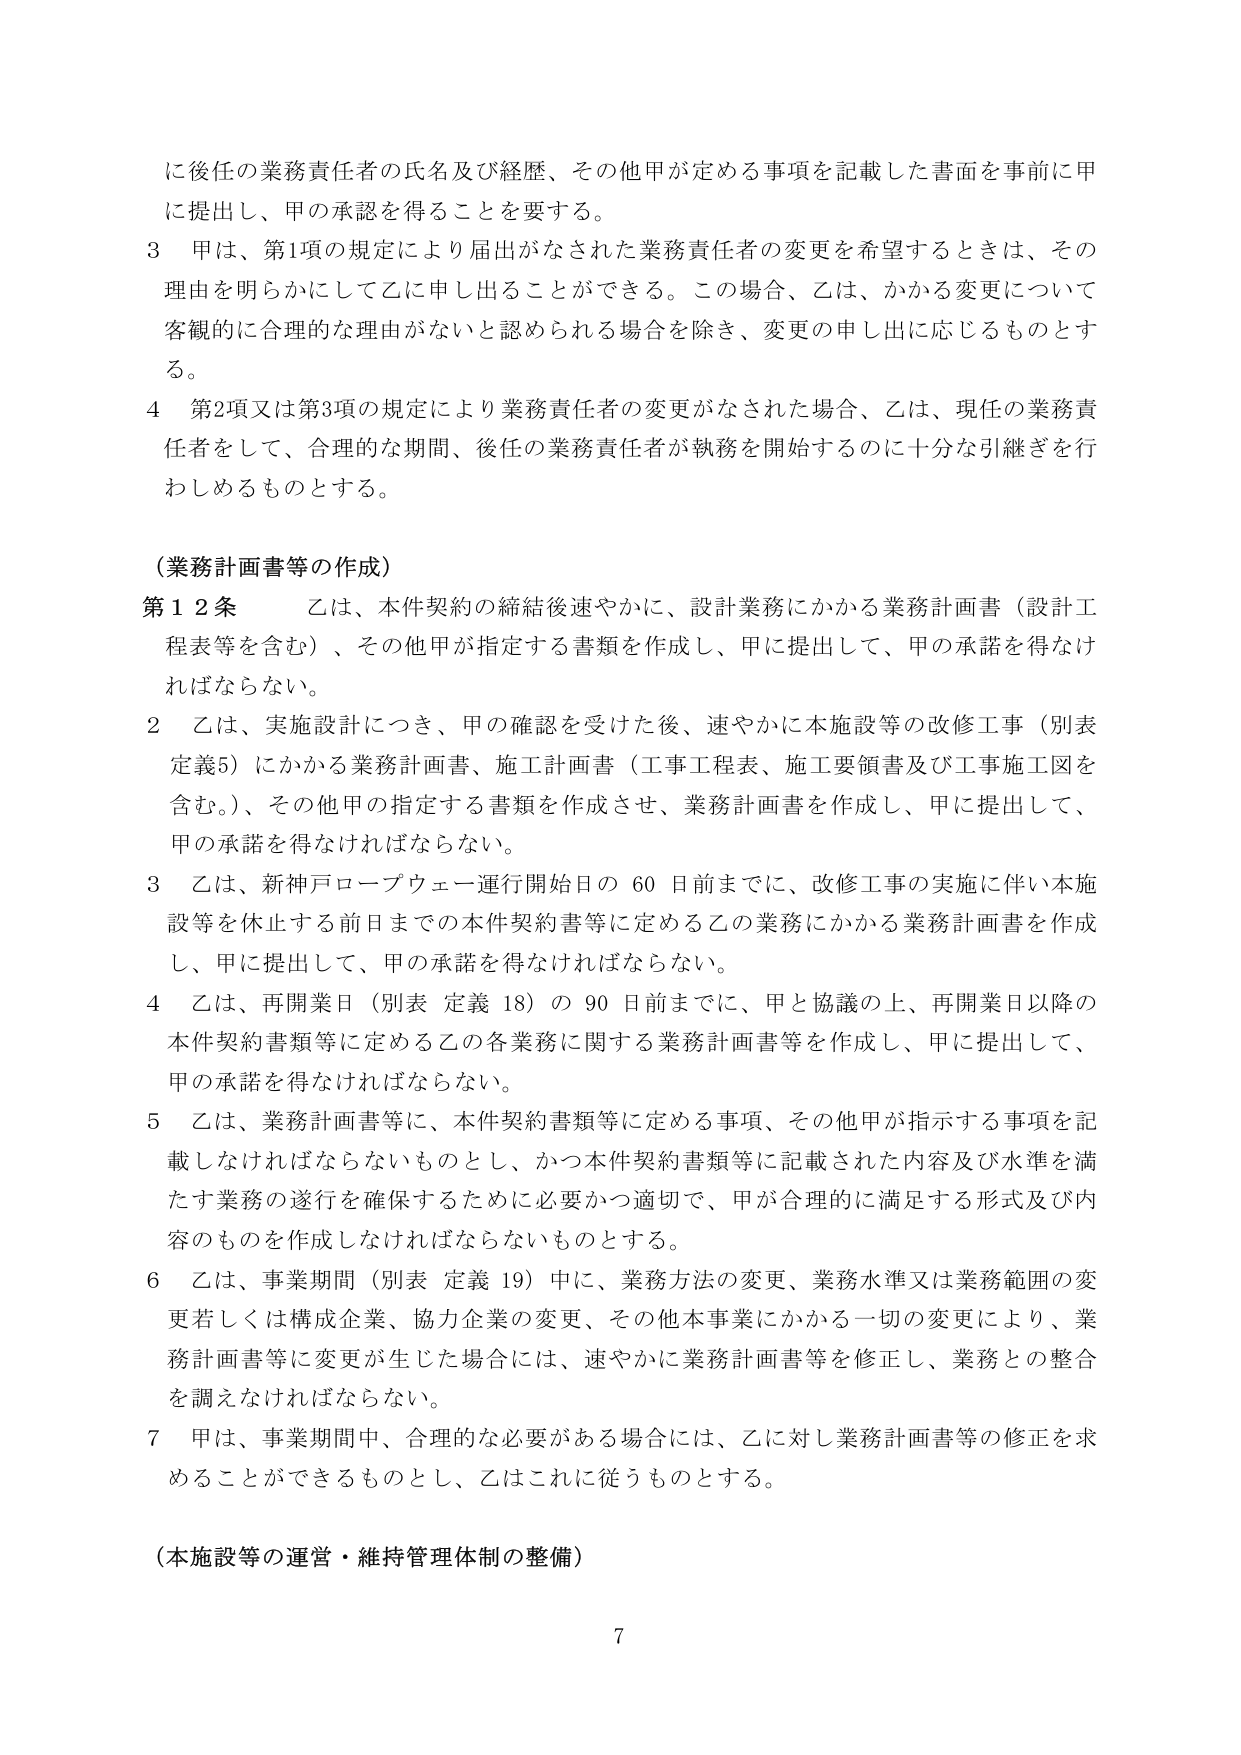
に後任の業務責任者の氏名及び経歴、その他甲が定める事項を記載した書面を事前に甲に提出し、甲の承認を得ることを要する。

3 甲は、第1項の規定により届出がなされた業務責任者の変更を希望するときは、その理由を明らかにして乙に申し出ることができる。この場合、乙は、かかる変更について客観的に合理的な理由がないと認められる場合を除き、変更の申し出に応じるものとする。

4 第2項又は第3項の規定により業務責任者の変更がなされた場合、乙は、現任の業務責任者をして、合理的な期間、後任の業務責任者が執務を開始するのに十分な引継ぎを行わしめるものとする。

（業務計画書等の作成）

第12条 乙は、本件契約の締結後速やかに、設計業務にかかる業務計画書（設計工程表等を含む）、その他甲が指定する書類を作成し、甲に提出して、甲の承諾を得なければならない。

2 乙は、実施設計につき、甲の確認を受けた後、速やかに本施設等の改修工事（別表定義5）にかかる業務計画書、施工計画書（工事工程表、施工要領書及び工事施工図を含む。）、その他甲の指定する書類を作成させ、業務計画書を作成し、甲に提出して、甲の承諾を得なければならない。

3 乙は、新神戸ロープウェー運行開始日の60日前までに、改修工事の実施に伴い本施設等を休止する前日までの本件契約書等に定める乙の業務にかかる業務計画書を作成し、甲に提出して、甲の承諾を得なければならない。

4 乙は、再開業日（別表 定義 18）の90日前までに、甲と協議の上、再開業日以降の本件契約書類等に定める乙の各業務に関する業務計画書等を作成し、甲に提出して、甲の承諾を得なければならない。

5 乙は、業務計画書等に、本件契約書類等に定める事項、その他甲が指示する事項を記載しなければならないものとし、かつ本件契約書類等に記載された内容及び水準を満たす業務の遂行を確保するために必要かつ適切で、甲が合理的に満足する形式及び内容のものを作成しなければならないものとする。

6 乙は、事業期間（別表 定義 19）中に、業務方法の変更、業務水準又は業務範囲の変更若しくは構成企業、協力企業の変更、その他本事業にかかる一切の変更により、業務計画書等に変更が生じた場合には、速やかに業務計画書等を修正し、業務との整合を調えなければならない。

7 甲は、事業期間中、合理的な必要がある場合には、乙に対し業務計画書等の修正を求めることができるものとし、乙はこれに従うものとする。

（本施設等の運営・維持管理体制の整備）

7